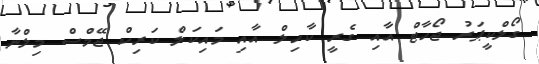
ގޯލްކީޕަރު ޖޯހާޓް އާއި ގެރީ ކާހިލް އާއި މައިކަލް ކަރިކް ޖޭމްސް މިލްނާ